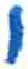
אות: י